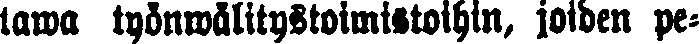
tawa työnwälitystoimistoihin, joiden pe-